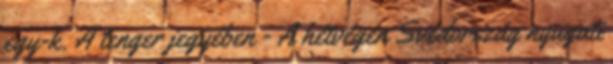
egy-k. A tenger jegyében - A hétvégén Svédország nyugati